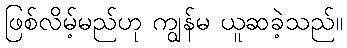
ဖြစ်လိမ့်မည်ဟု ကျွန်မ ယူဆခဲ့သည်။